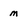
Character: m